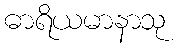
ဓာရိယမာနာသု